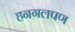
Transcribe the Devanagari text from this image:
हनगलपण